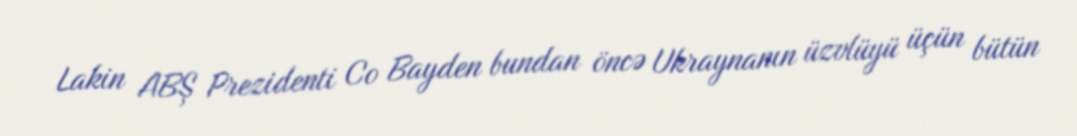
Lakin ABŞ Prezidenti Co Bayden bundan öncə Ukraynanın üzvlüyü üçün bütün